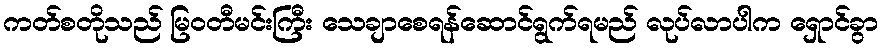
ကတ်စတိုသည် မြဝတီမင်းကြီး သေချာစေရန်ဆောင်ရွက်ရမည် လုပ်လာပါက ရှောင်ခွာ